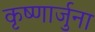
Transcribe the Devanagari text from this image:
कृष्णार्जुना